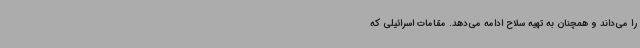
را می‌داند و همچنان به تهیه سلاح ادامه می‌دهد. مقامات اسرائیلی که